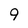
Character: 9